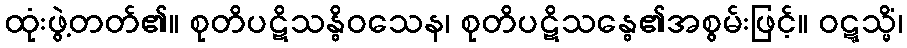
ထုံးဖွဲ့တတ်၏။ စုတိပဋိသန္ဓိဝသေန၊ စုတိပဋိသန္ဓေ၏အစွမ်းဖြင့်။ ဝဋ္ဋသ္မိံ၊